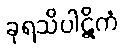
ခုရသိပါဋိကံ